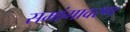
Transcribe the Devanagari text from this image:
समांगावरण